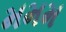
મમમ